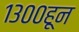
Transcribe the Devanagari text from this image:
१३००हून